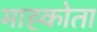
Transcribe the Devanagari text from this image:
माह्कोता